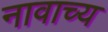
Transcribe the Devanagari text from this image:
नावाच्य